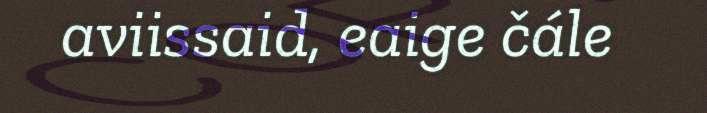
aviissaid, eaige čále